Report of the King Institute of Preventive Medicine, Guindy
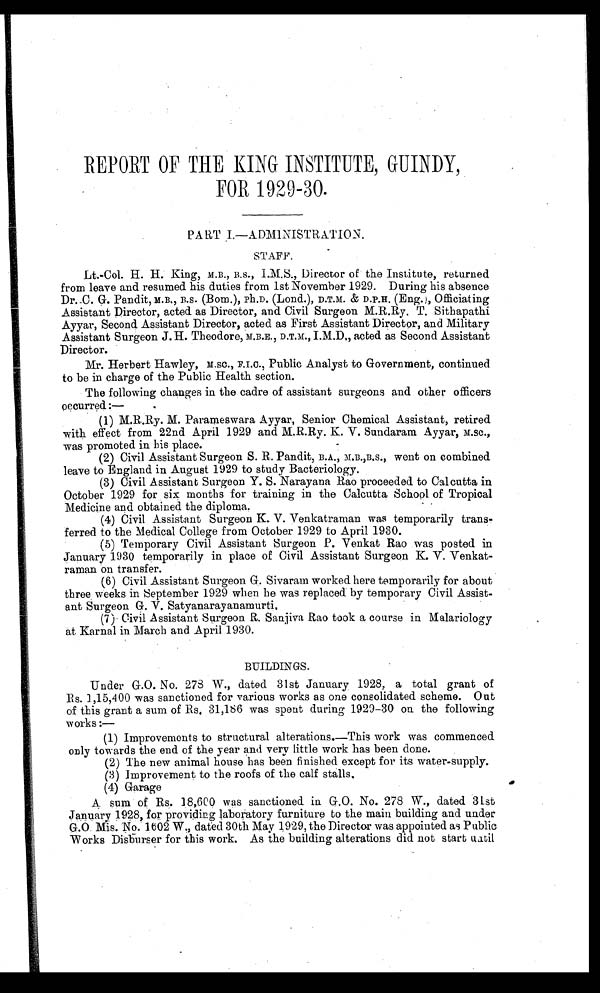
REPORT OF THE KING INSTITUTE, GUINDY,
FOR 1929-30.
PA RT I.—ADM1NISTRATION.
STAFF.
Lt.-Col. H. H. King, M.B., B.S., I.M.S., Director of the Institute, returned
from leave and resumed his duties from 1st November 1929. During his absence
Dr. C. G. Pandit, M.B., B.S. (Bom.), Ph.D. (Lond.), D.T.M. & D.P.H. (Eng.), Officiating
Assistant Director, acted as Director, and Civil Surgeon M.R.Ry. T. Sithapathi
Ayyar, Second Assistant Director, acted as First Assistant Director, and Military
Assistant Surgeon J. H. Theodore, M.B.E., D.T.M., I.M.D., acted as Second Assistant
Director.
Mr. Herbert Hawley, M.SC., F.I.O., Public Analyst to Government, continued
to be in charge of the Public Health section.
The following changes in the cadre of assistant surgeons and other officers
occurred:—
(1) M.R.Ry. M. Parameswara Ayyar, Senior Chemical Assistant, retired
with effect from 22nd April 1929 and M.R.Ry. K. V. Sundaram Ayyar, M.sc.,
was promoted in his place.
(2) Civil Assistant Surgeon S. R. Pandit, B.A., M.B.,B.S., went on combined
leave to England in August 1929 to study Bacteriology.
(3) Civil Assistant Surgeon Y. S. Narayana Rao proceeded to Calcutta in
October 1929 for six months for training in the Calcutta School of Tropical
Medicine and obtained the diploma.
(4) Civil Assistant Surgeon K. V. Venkatraman was temporarily trans
-ferred to the Medical College from October 1929 to April 1930.
(5) Temporary Civil Assistant Surgeon P. Venkat Rao was posted in
January 1930 temporarily in place of Civil Assistant Surgeon K. V. Venkat
-raman on transfer.
(6) Civil Assistant Surgeon G. Sivaram worked here temporarily for about
three weeks in September 1929 when he was replaced by temporary Civil Assist
-ant Surgeon G. V. Satyanarayanamurti.
(7) Civil Assistant Surgeon R. Sanjiva Rao took a course in Malariology
at Karnal in March and April 1930.
BUILDINGS.
Under G.O. No. 278 W., dated 31st January 1928, a total grant of
1,15,400 was sanctioned for various works as one consolidated scheme. Out
of this grant a sum of Rs. 31,186 was spent during 1929-30 on the following
works :—
(1) Improvements to structural alterations.—This work was commenced
only towards the end of the year and very little work has been done.
(2) The new animal house has been finished except for its water-supply.
(3) Improvement to the roofs of the calf stalls.
(4) Garage
A sum of Rs. 18,600 was sanctioned in G.O. No. 278 W., dated 31st
January 1928, for providing laboratory furniture to the main building and under
G.O.Mis.No. 1602 W., dated 30th May 1929, the Director was appointed as Public
Works Disburser for this work. As the building alterations did not start until